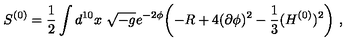
S ^ { ( 0 ) } = \frac { 1 } { 2 } \int d ^ { 1 0 } x \ \sqrt { - g } e ^ { - 2 \phi } \biggl ( - R + 4 ( \partial \phi ) ^ { 2 } - { \frac { 1 } { 3 } } ( H ^ { ( 0 ) } ) ^ { 2 } \biggr ) \ ,